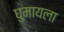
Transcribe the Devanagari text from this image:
घुमायला